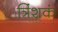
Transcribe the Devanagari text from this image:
त्रिंशकं